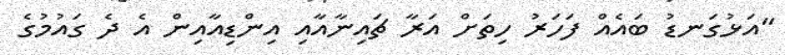
"އަޅުގަނޑު ބައެއް ފަހަރު ހިތަށް އަރާ ޗައިނާއާއި އިންޑިއާއިން އެ ދެ ގައުމުގެ